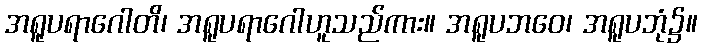
အရူပရာဂေါတိ၊ အရူပရာဂေါဟူသည်ကား။ အရူပဘဝေ၊ အရူပဘုံ၌။